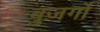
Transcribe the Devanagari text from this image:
बुज़र्गो